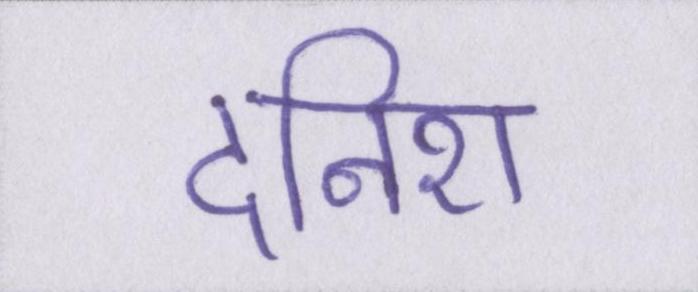
दनिश